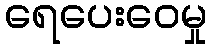
ရေပေးဝေမှု